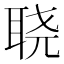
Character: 𮶓